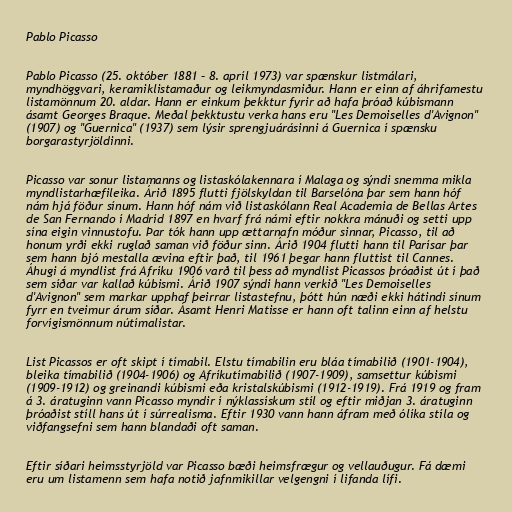
Pablo Picasso

Pablo Picasso (25. október 1881 – 8. apríl 1973) var spænskur listmálari,
myndhöggvari, keramiklistamaður og leikmyndasmiður. Hann er einn af áhrifamestu
listamönnum 20. aldar. Hann er einkum þekktur fyrir að hafa þróað kúbismann
ásamt Georges Braque. Meðal þekktustu verka hans eru "Les Demoiselles d'Avignon"
(1907) og "Guernica" (1937) sem lýsir sprengjuárásinni á Guernica í spænsku
borgarastyrjöldinni.

Picasso var sonur listamanns og listaskólakennara í Malaga og sýndi snemma mikla
myndlistarhæfileika. Árið 1895 flutti fjölskyldan til Barselóna þar sem hann hóf
nám hjá föður sínum. Hann hóf nám við listaskólann Real Academia de Bellas Artes
de San Fernando í Madríd 1897 en hvarf frá námi eftir nokkra mánuði og setti upp
sína eigin vinnustofu. Þar tók hann upp ættarnafn móður sinnar, Picasso, til að
honum yrði ekki ruglað saman við föður sinn. Árið 1904 flutti hann til Parísar þar
sem hann bjó mestalla ævina eftir það, til 1961 þegar hann fluttist til Cannes.
Áhugi á myndlist frá Afríku 1906 varð til þess að myndlist Picassos þróaðist út í það
sem síðar var kallað kúbismi. Árið 1907 sýndi hann verkið "Les Demoiselles
d'Avignon" sem markar upphaf þeirrar listastefnu, þótt hún næði ekki hátindi sínum
fyrr en tveimur árum síðar. Ásamt Henri Matisse er hann oft talinn einn af helstu
forvígismönnum nútímalistar.

List Picassos er oft skipt í tímabil. Elstu tímabilin eru bláa tímabilið (1901-1904),
bleika tímabilið (1904-1906) og Afríkutímabilið (1907-1909), samsettur kúbismi
(1909-1912) og greinandi kúbismi eða kristalskúbismi (1912-1919). Frá 1919 og fram
á 3. áratuginn vann Picasso myndir í nýklassískum stíl og eftir miðjan 3. áratuginn
þróaðist stíll hans út í súrrealisma. Eftir 1930 vann hann áfram með ólíka stíla og
viðfangsefni sem hann blandaði oft saman.

Eftir síðari heimsstyrjöld var Picasso bæði heimsfrægur og vellauðugur. Fá dæmi
eru um listamenn sem hafa notið jafnmikillar velgengni í lifanda lífi.